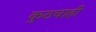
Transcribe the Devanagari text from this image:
कुठचाही